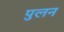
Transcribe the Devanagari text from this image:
पुलन